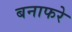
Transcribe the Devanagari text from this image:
बनाफरे